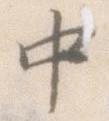
中